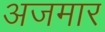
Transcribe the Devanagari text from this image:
अजमार